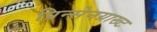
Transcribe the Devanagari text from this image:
प्रिन्सेनग्राख्ट